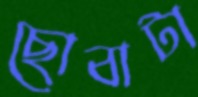
ছোবাটা